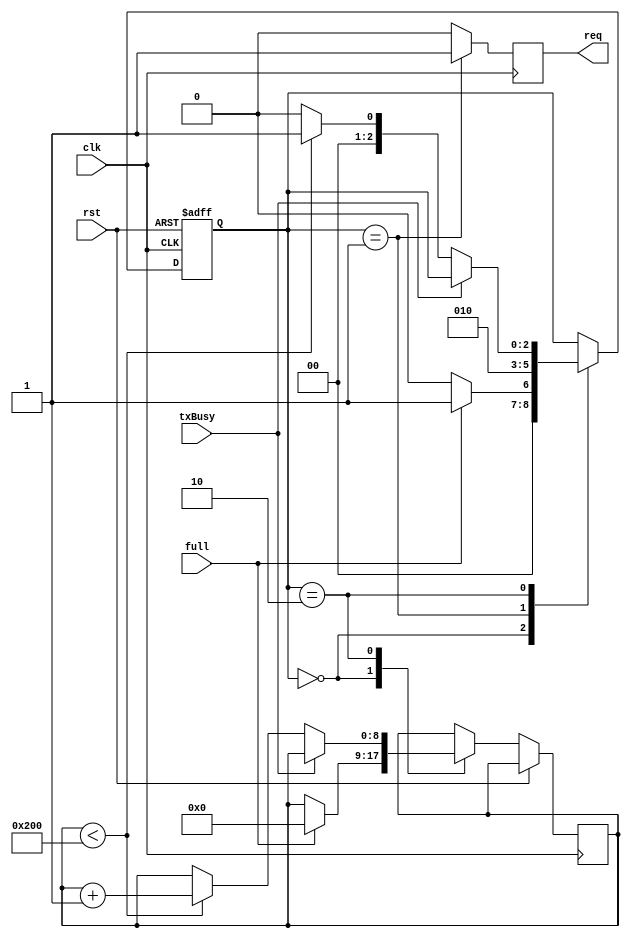
module data_send(
	input clk,
	input rst, full, txBusy,
	
	output reg req
);

localparam cnt_end = 10;
localparam N = 512;

reg[15:0] cnt=cnt_end;
reg[7:0] data;
reg[8:0] cntN;


(* syn_encoding = "safe" *) reg [2:0] state;

	// Declare states
	
	
	localparam S0 = 0, S1 = 1, S2 = 2, S3 = 3, S4 = 4;

always@(posedge clk or posedge rst)begin	
	if (rst)
		begin
			state <= S0;
		end
	else
		case (state)
			S0:
				if (full)
					begin
						state<=S1;
						cntN <=0;
					end
				else	
					state<=S0;
					
			S1:	// req
				begin					
					state	<= S2;
				end
				
			S2:   // wait for uart not busy
				if (!txBusy)					
					if (cntN<N) begin
						state	<= S1;
						cntN	<= cntN + 1;
					end
				else
					state		<= S0;
			
			
							
		endcase	
end

always@(posedge clk)begin
case (state)
	S1:
		req<=1;
	default:
		req<=0;
endcase
end

endmodule